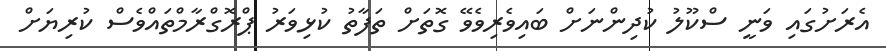
އެރަށުގައި ވަނީ ސްކޫލު ކުދިންނަށް ބައިވެރިވެވޭ ގޮތަށް ތަފާތު ކުޅިވަރު ޕްރޮގްރާމްތައްވެސް ކުރިޔަށް